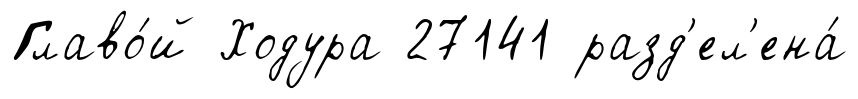
Главо́й Ходура 27141 разд'ел'ена́